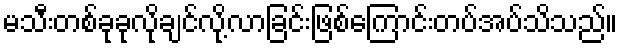
မသီးတစ်ခုခုလိုချင်လို့လာခြင်းဖြစ်ကြောင်းတပ်အပ်သိသည်။